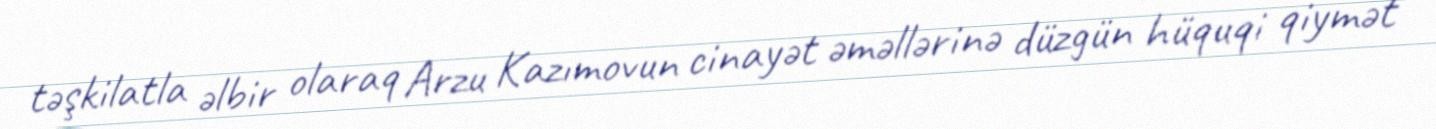
təşkilatla əlbir olaraq Arzu Kazımovun cinayət əməllərinə düzgün hüquqi qiymət